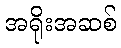
အရိုးအဆစ်